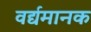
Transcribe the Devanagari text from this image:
वर्द्यमानक